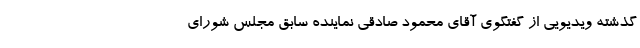
گذشته ویدیویی از گفتگوی آقای محمود صادقی نماینده سابق مجلس شورای